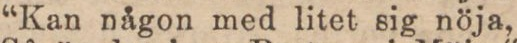
“Kan någon med litet sig nöja,